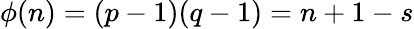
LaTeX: \phi(n)=(p-1)(q-1)=n+1-s